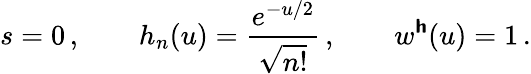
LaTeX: s=0\, ,\qquad h_{n}(u)=\frac{e^{-u/2}}{\sqrt{n!}}\, ,\qquad w^{\boldsymbol{\mathsf{h}}}(u)=1\, .